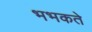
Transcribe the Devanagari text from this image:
भभकते